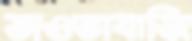
ভাওতাবাজি